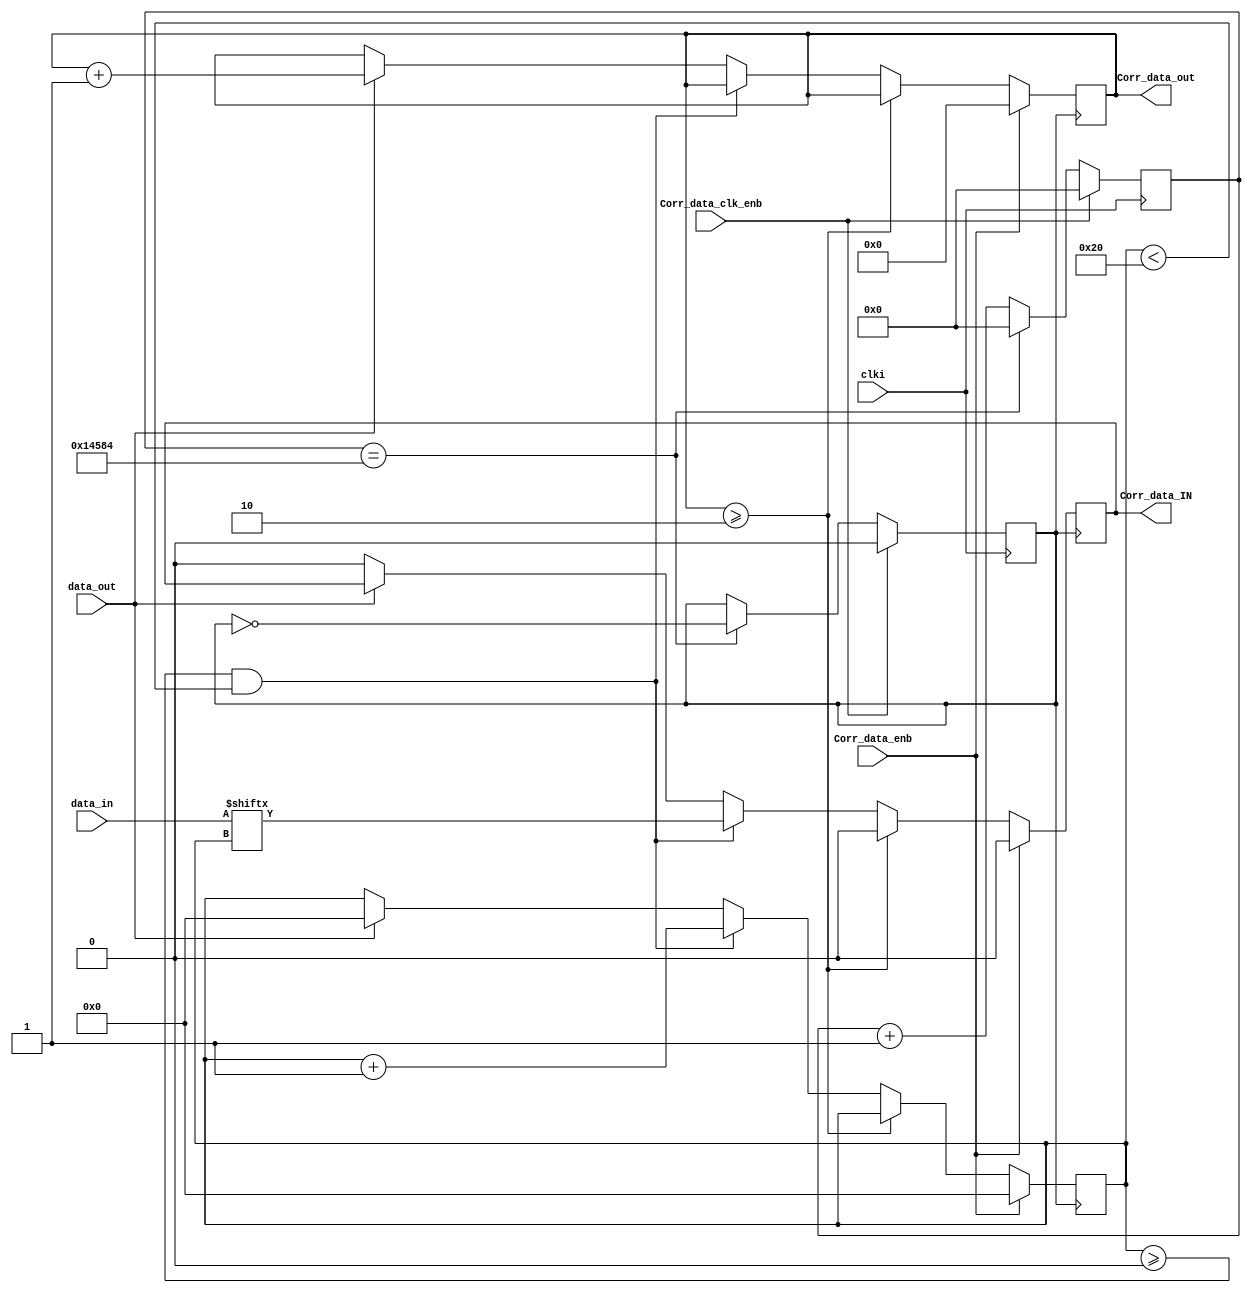
`timescale 1ns / 1ps
//////////////////////////////////////////////////////////////////////////////////
// Company: 
// Engineer: 
// 
// Design Name: 
// Module Name:    Correlator_test 
// Project Name: 
// Target Devices: 
// Tool versions: 
// Description: 
//
// Dependencies: 
//
// Revision: 
// Revision 0.01 - File Created
// Additional Comments: 
//
//////////////////////////////////////////////////////////////////////////////////
module Correlator_test(
    input wire clki,
    input wire Corr_data_clk_enb,
	 input wire Corr_data_enb,
	 input wire [31:0] data_in,
	 input wire data_out,
	 output reg	Corr_data_IN,
	 output reg	[11:0] Corr_data_out
	 );

	parameter M = 166667;   	//SC_clk = 100/M MHz
	reg [25:0] cnt;  				//frequency divider counter
   reg clk_o;
	
	
	always @ (posedge clki) begin  	 // frequency divider : clki -> RDAC_clck (100MHz -> 100/M MHz)
		if(Corr_data_clk_enb)   begin
				cnt <= 0;
				clk_o <= 1'b0;
			 end
		else begin
			  if(cnt == M/2-1)	begin 
				clk_o <= !clk_o; 
				cnt <= 0;         
			  end
			  else begin 
				clk_o <= clk_o;  
				cnt <= cnt + 1; 
			  end
		end
	end
   
	reg [6:0] cnt_data;
	parameter data_leng = 32;
	parameter data_times = 2;
	
   always @ (negedge clk_o) begin
      if(Corr_data_enb)        begin
            cnt_data <= 0;
				Corr_data_IN <= 1'b0;
				Corr_data_out <= 0;
		end
      else begin
         if(Corr_data_out >= data_times)  begin
			     cnt_data <= cnt_data;
				  Corr_data_out <= Corr_data_out;
				  Corr_data_IN <= 1'b0;
			end
		   else begin
			  if(cnt_data >= 0 && cnt_data < data_leng)    begin
              cnt_data <= cnt_data + 1;
				  Corr_data_IN <= data_in[cnt_data];
			  end				  
	        else begin
			    if(data_out)  begin
		           cnt_data <= 0;
			        Corr_data_out <= Corr_data_out + 1;
		       end
			    else begin
				     cnt_data <= cnt_data;
					  Corr_data_IN <= 1'b0;
				 end
//           cnt_data <= 0;
			  end
			end 
		end
	end
   		
endmodule

//